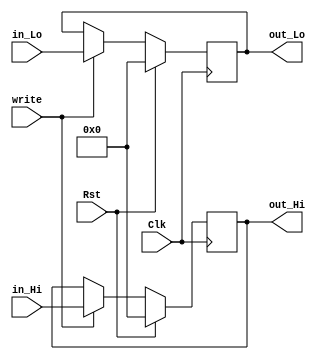
`timescale 1ns / 1ps
//////////////////////////////////////////////////////////////////////////////////
// Company: University of Arizona
// 
// Implemented in ECE369
//////////////////////////////////////////////////////////////////////////////////

module HiLoRegisters(Clk, Rst, in_Hi, in_Lo, out_Hi, out_Lo, write);
    input Clk;
    input Rst;
    input write;
    input [31:0] in_Hi;
    input [31:0] in_Lo;
    (* mark_debug = "true" *) output reg [31:0] out_Hi;
    (* mark_debug = "true" *) output reg [31:0] out_Lo;
    
    always @(posedge Clk) begin
        if(Rst) begin
            out_Hi <= 0;
            out_Lo <= 0;
        end
        else begin
            if(write == 1'b1) begin
                out_Hi <= in_Hi;
                out_Lo <= in_Lo;
            end
        end
    end
    
endmodule